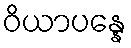
ဝိယာပန္နေ